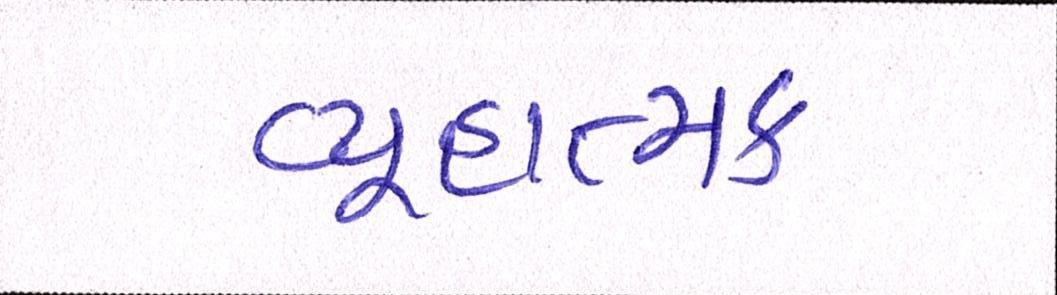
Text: વ્યૂહાત્મક